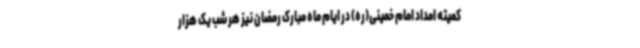
کمیته امداد امام خمینی(ره) در ایام ماه مبارک رمضان نیز هر شب یک هزار